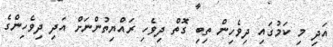
އަދި މި ކަމުގައި ދިވެހިން ތިބި ގޮތް ދިވެހި ރައްޔިތުންނަށް އަދި ދިވެހިންގެ